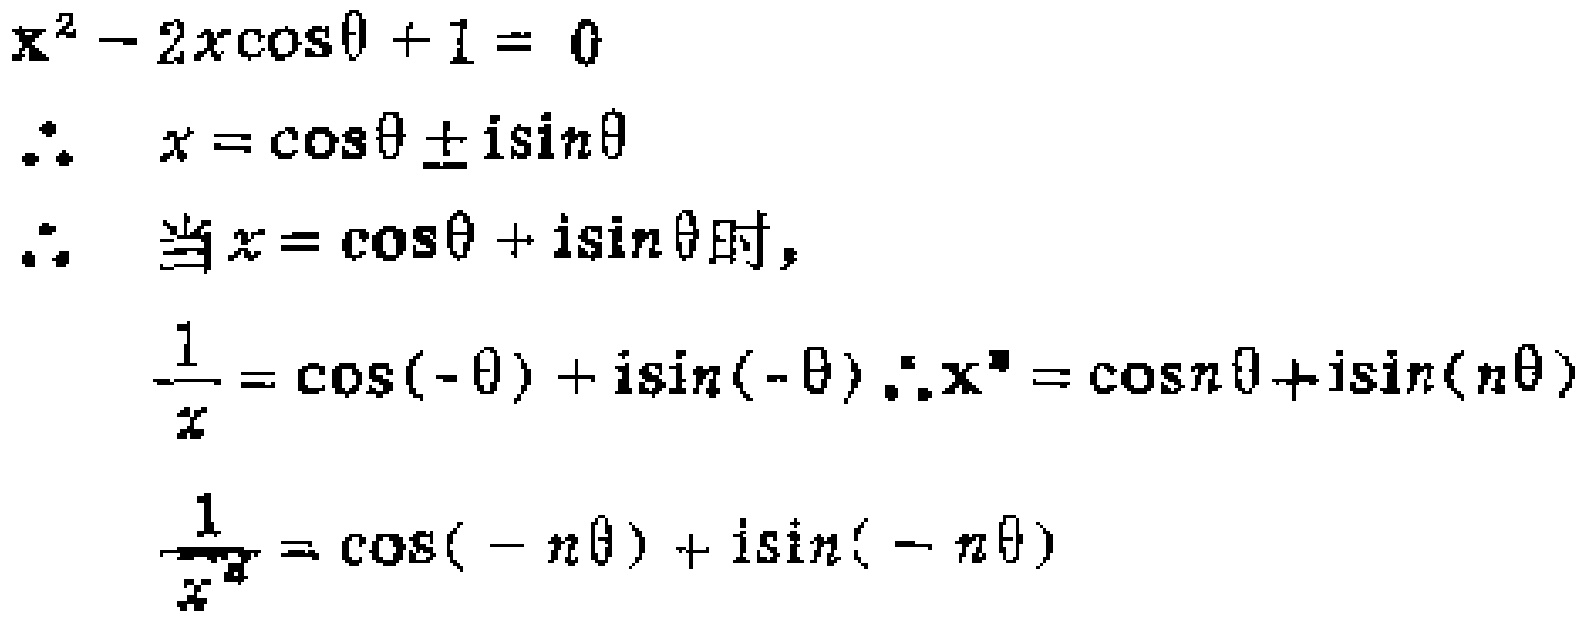
\[
\begin{align*}
x^{2}-2x\cos\theta + 1&=0\\
\therefore x&=\cos\theta\pm i\sin\theta\\
\therefore \text{当}x&=\cos\theta + i\sin\theta\text{时},\\
\frac{1}{x}&=\cos(-\theta)+i\sin(-\theta)\therefore x^{n}=\cos(n\theta)+i\sin(n\theta)\\
\frac{1}{x^{n}}&=\cos(-n\theta)+i\sin(-n\theta)
\end{align*}
\]